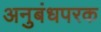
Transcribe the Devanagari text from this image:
अनुबंधपरक